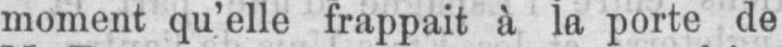
moment qu’elle frappait à la porte de